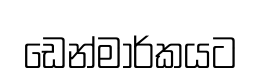
ඩෙන්මාර්කයට